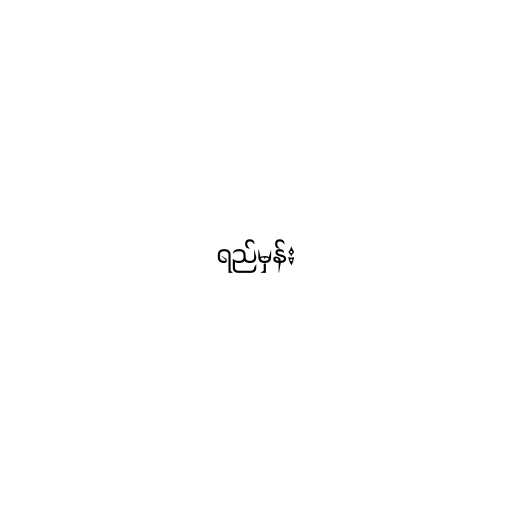
ရည်မှန်း